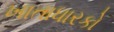
ખાતાધારકો